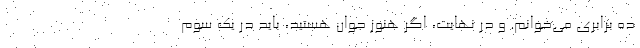
ده برابری می‌خوانم. و در نهایت، اگر هنوز جوان هستید، باید در یک سوم